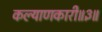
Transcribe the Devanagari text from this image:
कल्याणकारी॥३॥